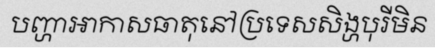
បញ្ហាអាកាសធាតុនៅប្រទេសសិង្ហបុរីមិន